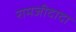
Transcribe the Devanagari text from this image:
रामजीदादा